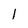
Character: 1